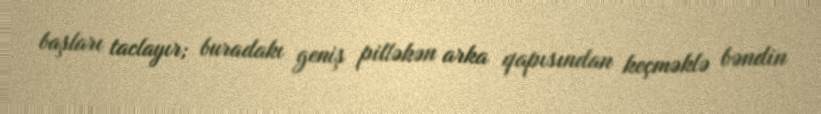
başları taclayır; buradakı geniş pilləkən arka qapısından keçməklə bəndin